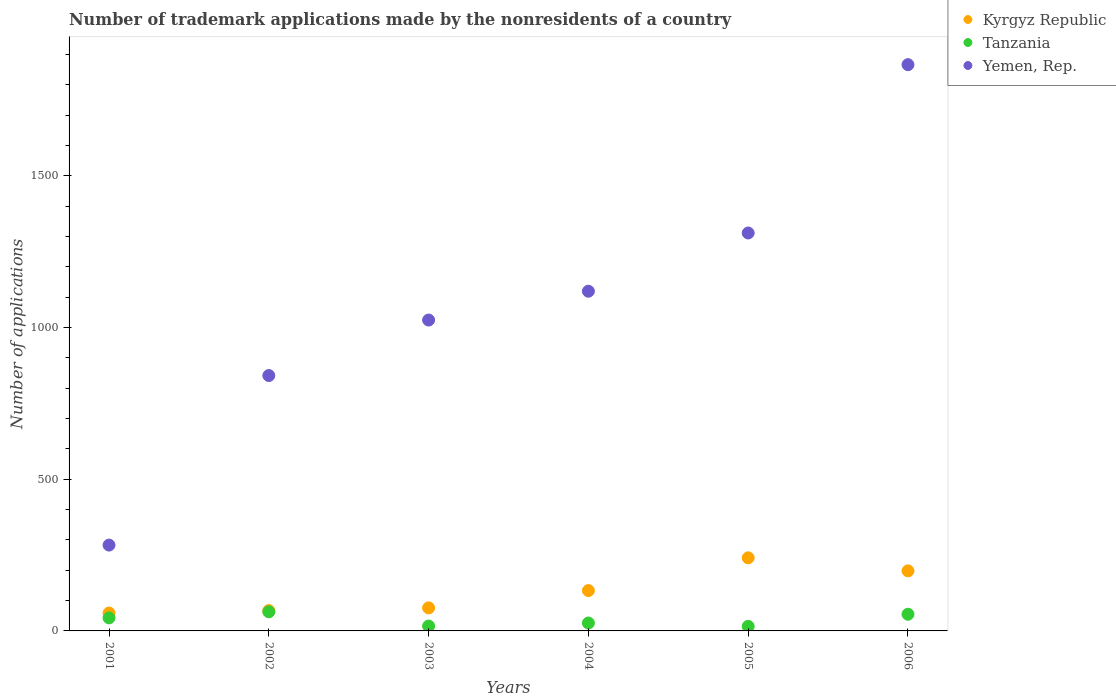
| Years | Kyrgyz Republic | Tanzania | Yemen, Rep. |
 | --- | --- | --- | --- |
 | 2001 | 59 | 43 | 283 |
 | 2002 | 67 | 63 | 842 |
 | 2003 | 76 | 16 | 1.02e+03 |
 | 2004 | 133 | 26 | 1.12e+03 |
 | 2005 | 241 | 15 | 1.31e+03 |
 | 2006 | 198 | 55 | 1.87e+03 |